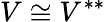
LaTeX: V\cong V^{**}